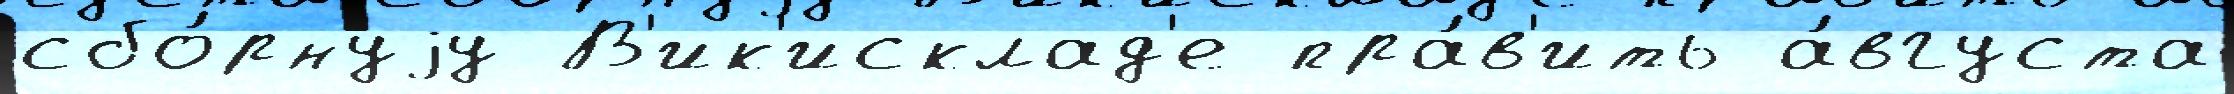
сбо́рнуjу В'ик'исклад'е пра́в'ить а́вгуста